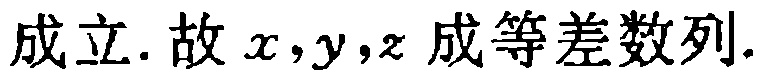
成立. 故 \(x,y,z\) 成等差数列.